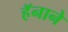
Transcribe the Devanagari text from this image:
हॅनाने